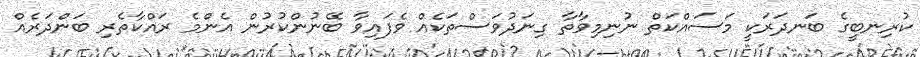
ކުރިނބީގެ ބަނދަރަކީ މަސައްކަތް ނުނިމިވާތާ ގިނަދުވަސްތަކެއް ވެފައިވާ ބޭނުންކުރުން އެންމެ ރައްކާތެރި ބަންދަރެއް